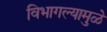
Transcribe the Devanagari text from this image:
विभागल्यामुळे